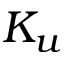
K _ { u }